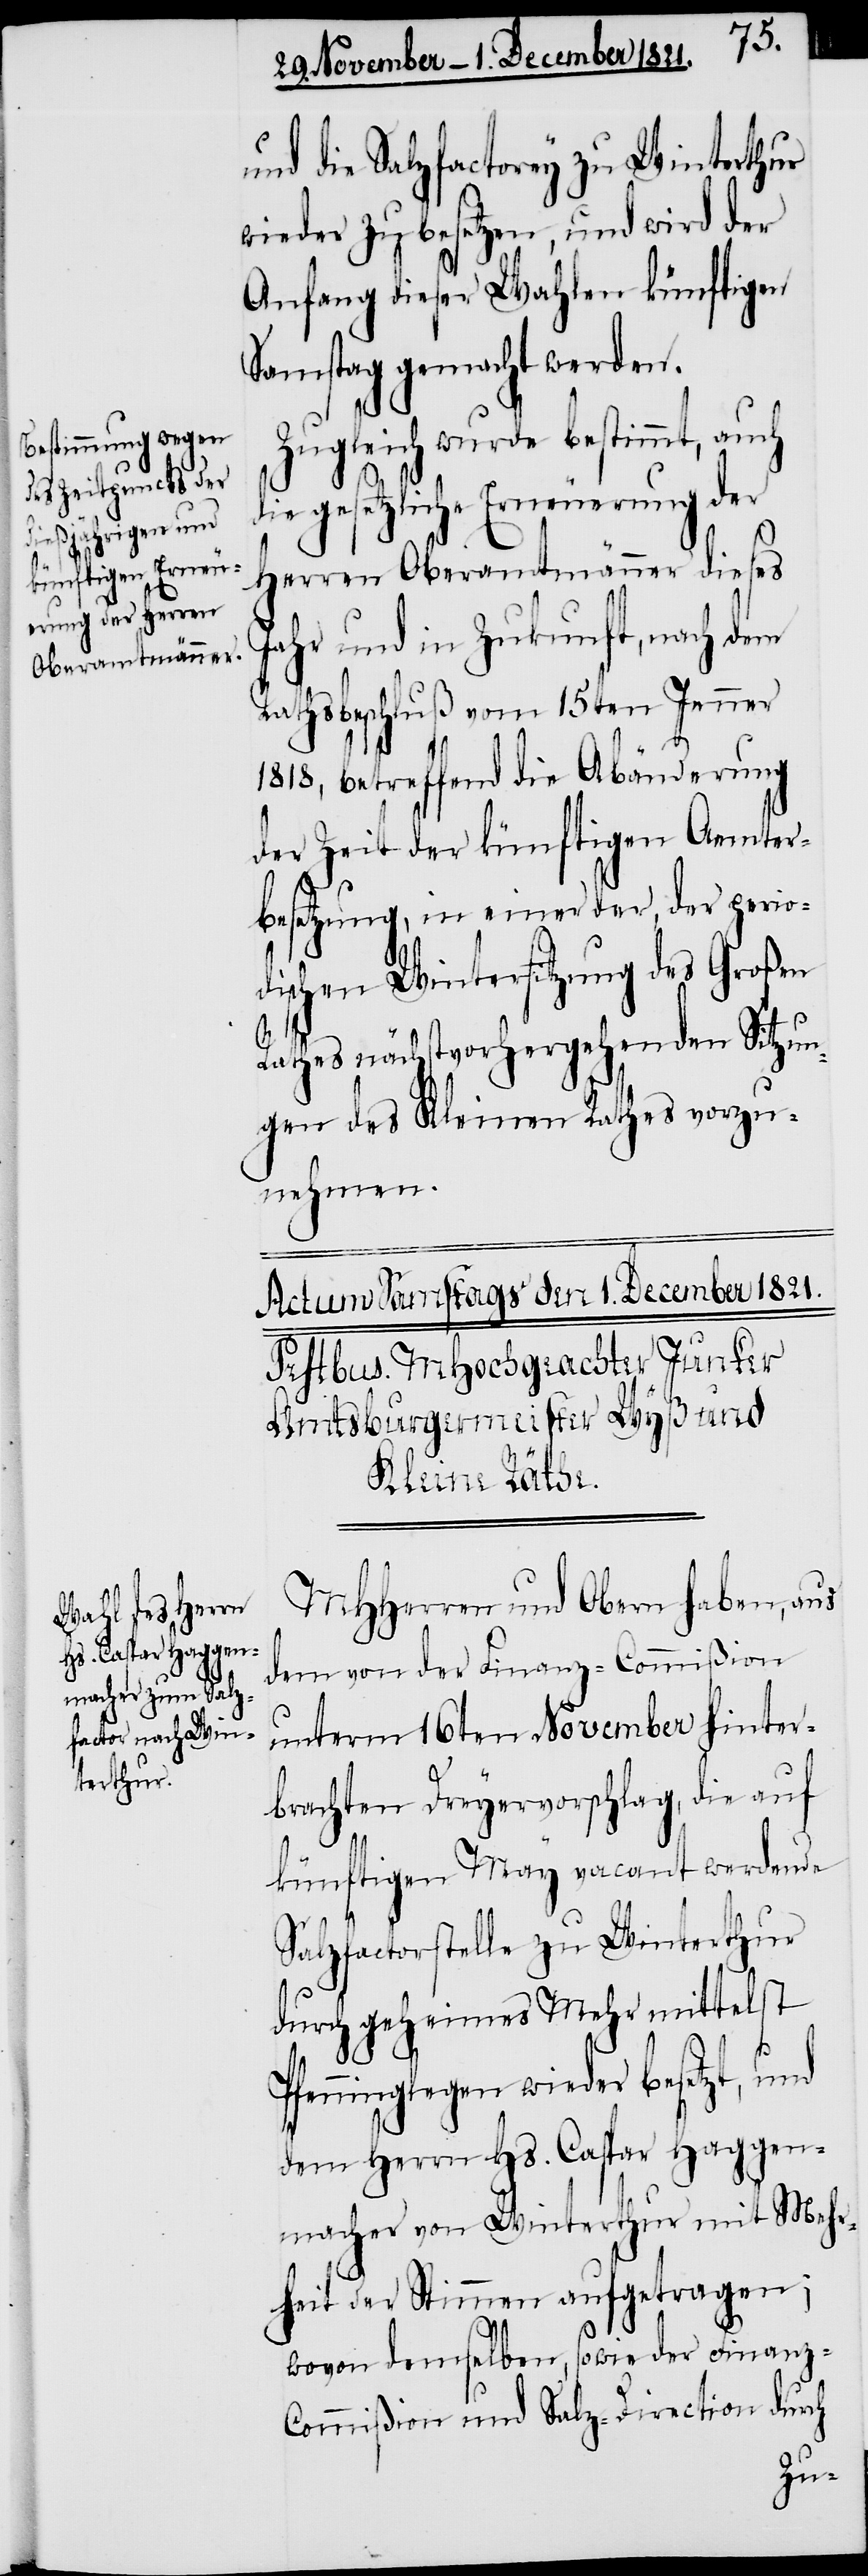
d¬

und die Salzfactorey zu Winterthur
wieder zu besetzen, und wird der
Anfang dieser Wahlen künftigen
Samstag gemacht werden.
Zugleich wurde bestimmt, auch
ie gesetzliche Erneuerung der
Herren Oberamtmänner dieses
Jahr und in Zukunft, nach dem
Rathsbeschluß vom 15ten Jenner
1818, betreffend die Abänderung
der Zeit der künftigen Aemter¬
besetzung, in einer der, der perio¬
dischen Wintersitzung des Großen
Rathes nächstvorhergehenden Sitzun¬
gen des Kleinen Rathes vorzu¬
nehmen.
MHHerren und Obern haben, aus
dem von der Finanz-Commißion
unterm 16ten November hinter¬
brachten Dreyervorschlag, die auf
künftigen May vacant werdende
Salzfactorstelle zu Winterthur
durch geheimes Mehr mittelst
Pfenninglegen wieder besetzt, und
dem Herrn Hs. Caspar Haggen¬
macher von Winterthur mit Mehr¬
heit der Stimmen aufgetragen;
wovon demselben, sowie der Finanz-C¬
ommißion und Salz-Direction durch